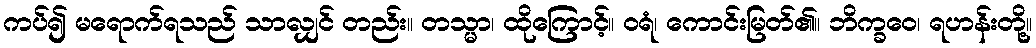
ကပ်၍ မရောက်ရသည် သာလျှင် တည်း။ တသ္မာ၊ ထိုကြောင့်။ ဝရံ၊ ကောင်းမြတ်၏။ ဘိက္ခဝေ၊ ရဟန်းတို့။